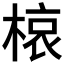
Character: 𭫊